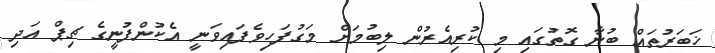
ޚަބަރުތައް ބުނާ ގޮތުގައި މި ކުރިއެރުން ލިބުމަށް މަގުފަހިވެފައިވަނީ އެކުންފުނީގެ ޗިޕް އަދި